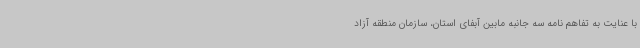
با عنایت به تفاهم نامه سه جانبه مابین آبفای استان، سازمان منطقه آزاد